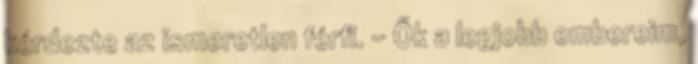
kérdezte az ismeretlen férfi. - Ők a legjobb embereim,